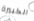
الكبيرة